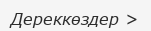
Дереккөздер >